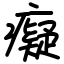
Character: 癡